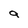
Character: 9